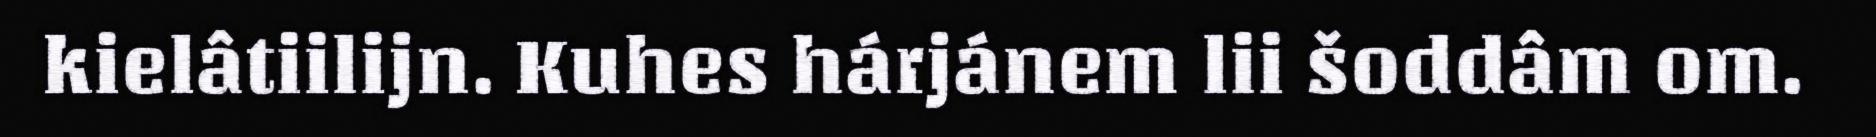
kielâtiilijn. Kuhes hárjánem lii šoddâm om.